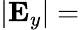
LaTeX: |{\mathbf{E}}_{y}|=